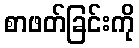
စာဖတ်ခြင်းကို